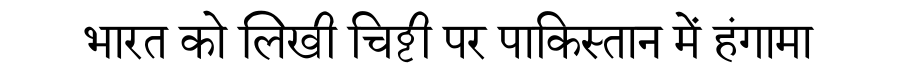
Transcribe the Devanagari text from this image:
भारत को लिखी चिट्ठी पर पाकिस्तान में हंगामा